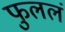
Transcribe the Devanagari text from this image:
फुललं